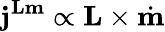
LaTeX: \mathbf{j}^{\mathbf{Lm}}\propto\mathbf{L}\times\dot{\mathbf{m}}